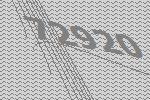
72920